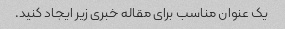
یک عنوان مناسب برای مقاله خبری زیر ایجاد کنید.